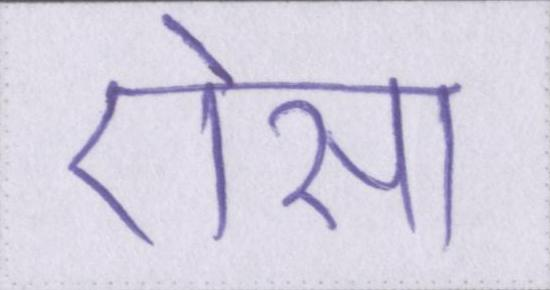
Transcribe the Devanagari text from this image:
ऐसा